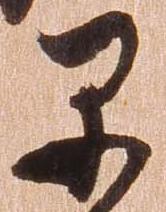
早